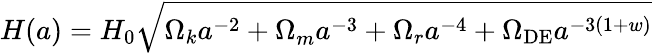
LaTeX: H(a)=H_{0}{\sqrt{{\Omega_{k}a^{-2}+\Omega}_{m}a^{-3}+\Omega_{r}a^{-4}+\Omega_{\mathrm{DE}}a^{-3(1+w)}}}